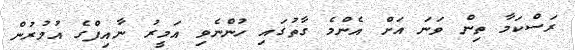
ރަސްކަމާ ތިން ވަނަ އަށް އެންމެ ގާތުގައި ހުންނެވި އަމީރު ނާއިފްގެ އުމުރުން